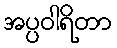
အပ္ပဝါရိတာ